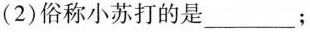
(2)俗称小苏打的是___；